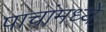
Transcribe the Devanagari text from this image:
पाचांमध्ये